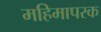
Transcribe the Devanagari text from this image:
महिमापरक